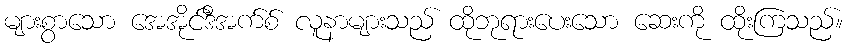
များစွာသော အေအိုင်ဒီအက်စ် လူနာများသည် ထိုဘုရားပေးသော ဆေးကို ထိုးကြသည်။